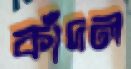
কাঁদল